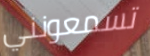
تسمعونني